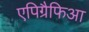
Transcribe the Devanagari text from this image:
एपिग्रैफिआ